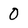
Character: 0